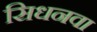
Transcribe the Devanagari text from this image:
सिधनवा